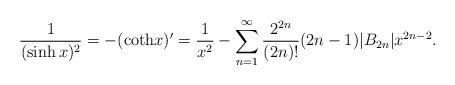
LaTeX: \begin{align*}\frac{1}{(\sinh x)^2}=-({\rm coth} x)'=\frac{1}{x^2}-\sum_{n=1}^\infty\frac{2^{2n}}{(2n)!}(2n-1)|B_{2n}|x^{2n-2}.\end{align*}